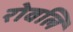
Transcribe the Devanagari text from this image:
रोवलिं